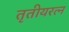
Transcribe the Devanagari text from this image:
तृतीयरत्‍न